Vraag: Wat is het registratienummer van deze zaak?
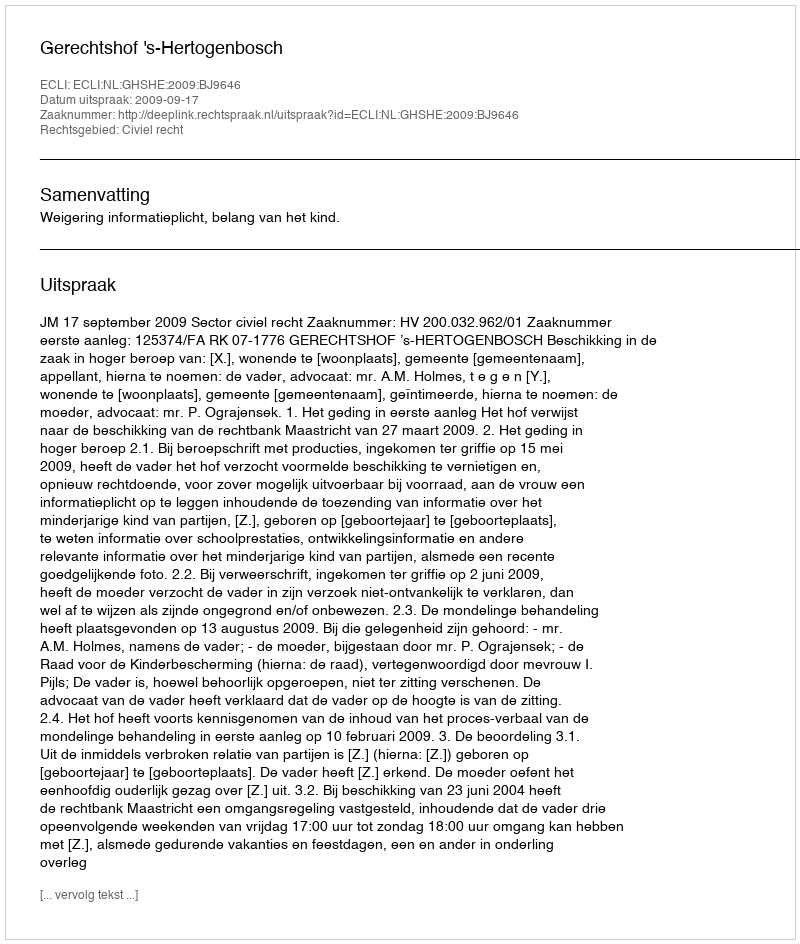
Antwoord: http://deeplink.rechtspraak.nl/uitspraak?id=ECLI:NL:GHSHE:2009:BJ9646